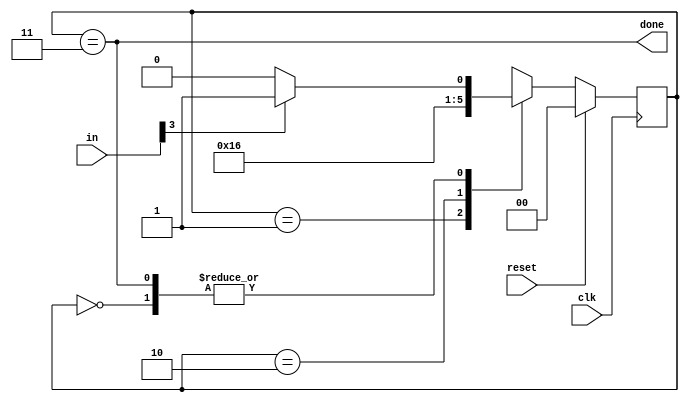
module top_module(
    input clk,
    input [7:0] in,
    input reset,    // Synchronous reset
    output done); //
	parameter S0=0,S1=1,S2=2,S3=3;
    reg [1:0]state,next_state;
    always @(*) begin
        case(state)
            S0:begin
                if(in[3]) next_state<=S1;
                else next_state<=S0;
            end
            S1:begin
                next_state<=S2;
            end
            S2:begin
                next_state<=S3;
            end
            S3:begin
                if(in[3]) next_state<=S1;
                else next_state<=S0;
            end
        endcase
    end

    always @(posedge clk) begin
        if(reset) state<=S0;
        else state<=next_state;
    end
 
    // Output logic
    assign done=(state==S3);
endmodule